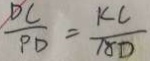
\frac { D C } { P D } = \frac { K C } { A D }